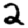
Digit: 2